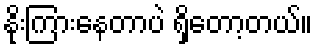
နိုးကြားနေတာပဲ ရှိတော့တယ်။